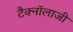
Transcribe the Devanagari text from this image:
टैक्नॉलाजी